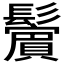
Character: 𩯭